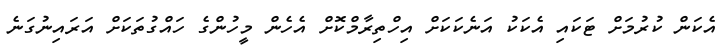
އެކަން ކުރުމަށް ޓަކައި އެކަކު އަނެކަކަށް އިހްތިރާމްކޮށް އެހެން މީހުންގެ ހައްގުތަކަށް އަރައިނުގަނެ